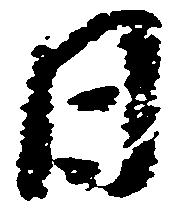
日